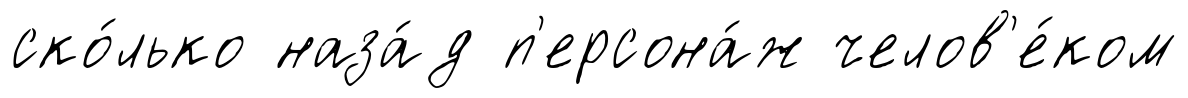
ско́лько наза́д п'ерсона́ж челов'е́ком